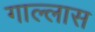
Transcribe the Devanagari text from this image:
गाल्लास